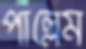
পাল্লেম